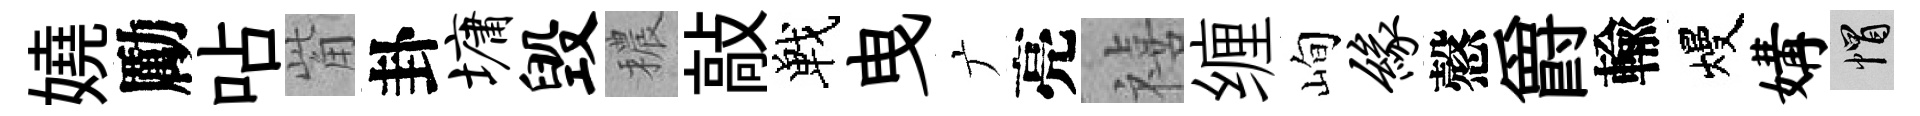
嬈勵呫觜卦墉毁穠敲戰曳广亮禧缠峋缘慤爵輸熳媾帽